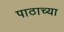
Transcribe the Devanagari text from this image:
पाठाच्या